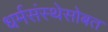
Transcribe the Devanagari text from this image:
धर्मसंस्थेसोबत